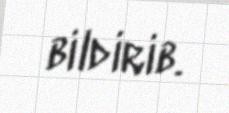
bildirib.